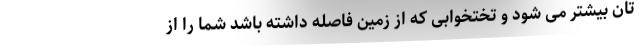
تان بیشتر می شود و تختخوابی که از زمین فاصله داشته باشد شما را از